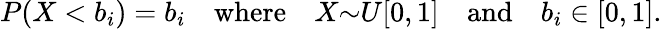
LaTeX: P(X<b_{i})=b_{i}\quad\textrm{where}\quad X{\sim}U[0,1]\quad\textrm{and}\quad b_{i}\in[0,1].